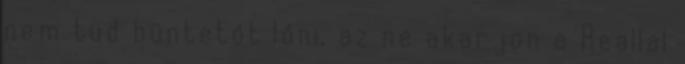
nem tud büntetőt lőni, az ne akarjon a Reallal